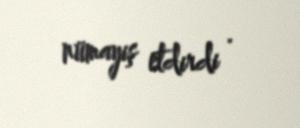
nümayiş etdirdi .